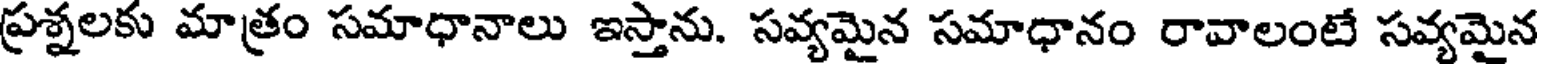
ప్రశ్నలకు మాత్రం సమాధానాలు ఇస్తాను. సవ్యమైన సమాధానం రావాలంటే సవ్యమైన